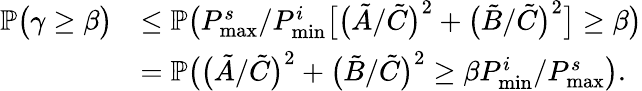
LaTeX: \begin{array}{rl}{\mathbb{P}\big(\gamma\geq\beta\big)}&{\leq\mathbb{P}\big(P_{\textnormal{max}}^{s}/P_{\textnormal{min}}^{i}\big[\big(\tilde{A}/\tilde{C}\big)^{2}+\big(\tilde{B}/\tilde{C}\big)^{2}\big]\geq\beta\big)}\\ &{=\mathbb{P}\big(\big(\tilde{A}/\tilde{C}\big)^{2}+\big(\tilde{B}/\tilde{C}\big)^{2}\geq\beta P_{\textnormal{min}}^{i}/P_{\textnormal{max}}^{s}\big).}\end{array}